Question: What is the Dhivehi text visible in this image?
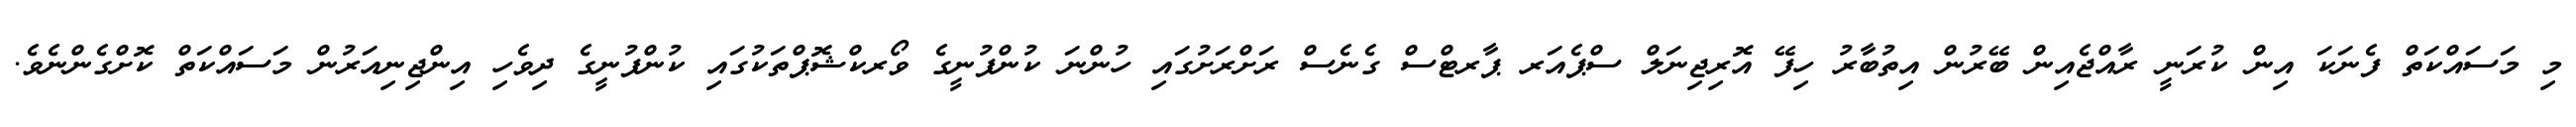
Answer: މި މަސައްކަތް ފެނަކަ އިން ކުރަނީ ރާއްޖެއިން ބޭރުން އިތުބާރު ހިފޭ އޮރިޖިނަލް ސްޕެއަރ ޕާރޓްސް ގެނެސް ރަށްރަށުގައި ހުންނަ ކުންފުނީގެ ވޯރކްޝޮޕްތަކުގައި ކުންފުނީގެ ދިވެހި އިންޖިނިއަރުން މަސައްކަތް ކޮށްގެންނެވެ.